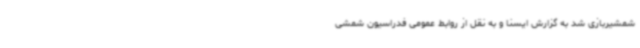
شمشیربازی شد به گزارش ایسنا و به نقل از روابط عمومی فدراسیون شمشی